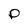
Character: P